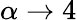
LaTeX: \alpha\rightarrow 4